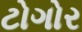
ટોગોર